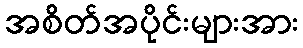
အစိတ်အပိုင်းများအား